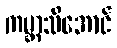
ကမ္ဘာသိအောင်